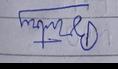
Signature authenticity: forged